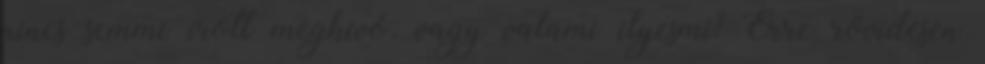
nincs semmi írott meghívó, vagy valami ilyesmi? Erre rövidesen